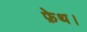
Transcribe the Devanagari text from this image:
फ़ेथ।